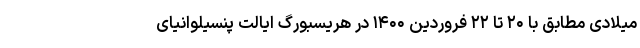
میلادی مطابق با ۲۰ تا ۲۲ فروردین ۱۴۰۰ در هریسبورگ ایالت پنسیلوانیای